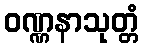
ဝဏ္ဏနာသုတ္တံ